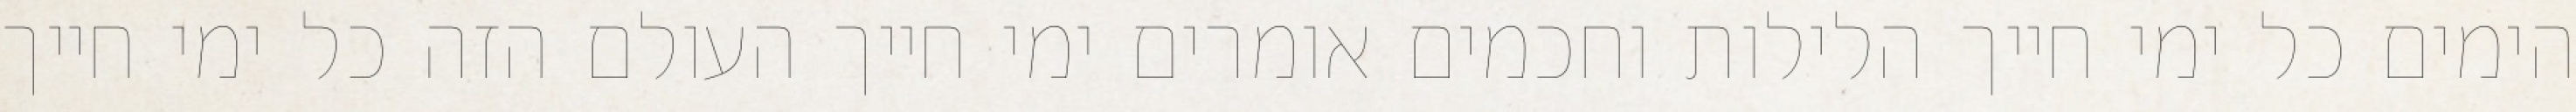
הימים כל ימי חייך הלילות וחכמים אומרים ימי חייך העולם הזה כל ימי חייך